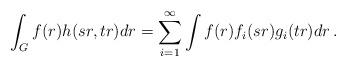
LaTeX: \begin{align*}\int_G f(r)h(sr,tr)dr= \sum_{i=1}^{\infty} \int f(r) f_i(sr) g_i(tr)dr \, .\end{align*}